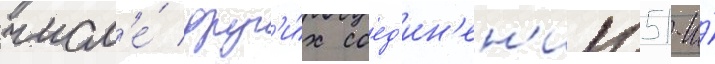
числ'е́ друг'и́х соед'ин'ен'ии 51-и́